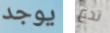
يوجد تدع